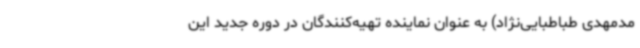
مدمهدی طباطبایی‌نژاد) به عنوان نماینده تهیه‌کنندگان در دوره جدید این